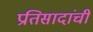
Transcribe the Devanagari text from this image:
प्रतिसादांची